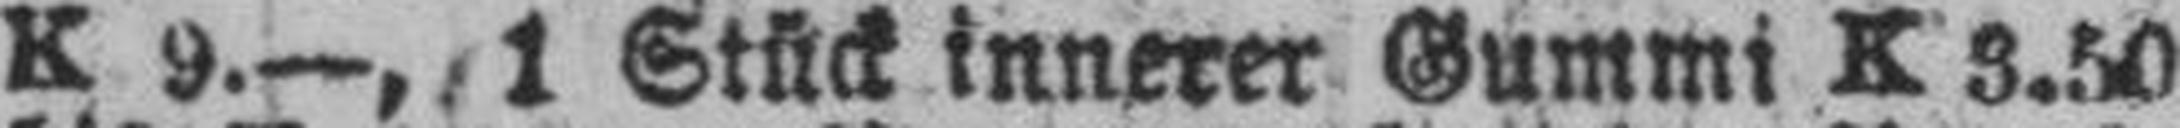
K 9.—, 1 Stück innerer Gummi K 3.50